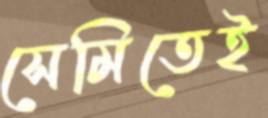
সেমিতেই